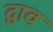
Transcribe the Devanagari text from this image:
द्वाव